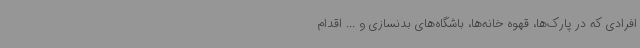
افرادی که در پارک‌ها، قهوه خانه‌ها، باشگاه‌های بدنسازی و ... اقدام